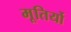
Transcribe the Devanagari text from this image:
मूतिर्यो